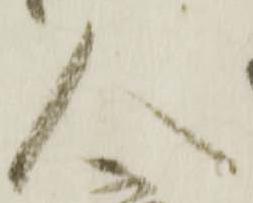
人